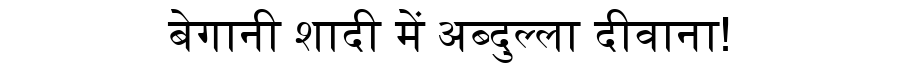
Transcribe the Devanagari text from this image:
बेगानी शादी में अब्दुल्ला दीवाना!